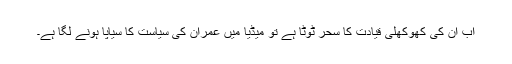
اب اُن کی کھوکھلی قیادت کا سحر ٹوٹا ہے تو میڈیا میں عمران کی سیاست کا سیاپا ہونے لگا ہے۔